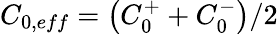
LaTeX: C_{0,eff}=\left(C_{0}^{+}+C_{0}^{-}\right)/2